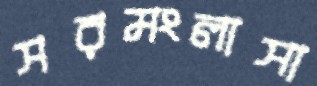
সরমংলাসা